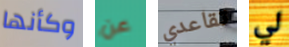
وكأنها عن تقاعدي لي